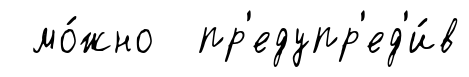
мо́жно пр'едупр'ед'и́в